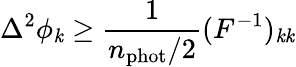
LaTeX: \Delta^{2}\phi_{\mathit{k}}\ge\frac{{1}}{{n_{\mathrm{{phot}}}/2}}(F^{-1})_{\mathit{k}\mathit{k}}